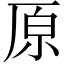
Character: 原